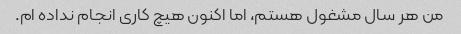
من هر سال مشغول هستم، اما اکنون هیچ کاری انجام نداده ام.